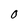
Character: 0